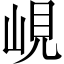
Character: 峴